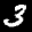
Label: 3